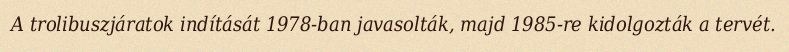
A trolibuszjáratok indítását 1978-ban javasolták, majd 1985-re kidolgozták a tervét.